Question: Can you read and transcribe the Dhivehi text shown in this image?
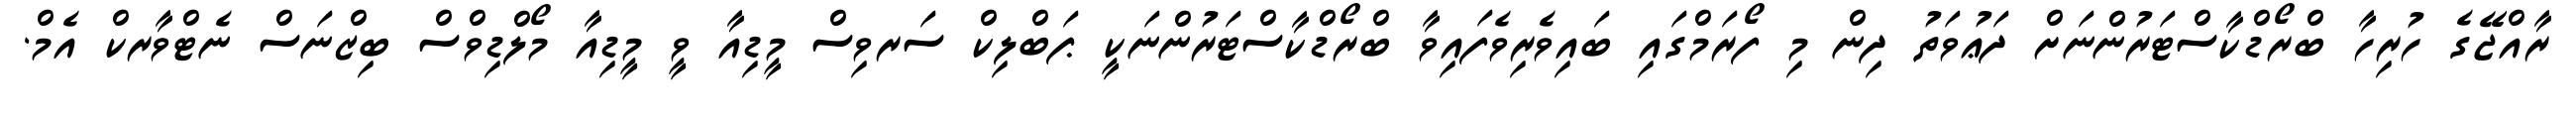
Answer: ރާއްޖޭގެ ހުރިހާ ބްރޯޑްކާސްޓަރުންނަށް ދަޢުވަތު ދިން މި ފޯރަމްގައި ބައިވެރިވެފައިވާ ބްރޯޑްކާސްޓަރުންނަކީ ޕަބްލިކް ސަރވިސް މީޑިއާ ވީ މީޑިއާ މޯލްޑިވްސް ބިޒްނަސް ނެޓްވާރކް އެމް.